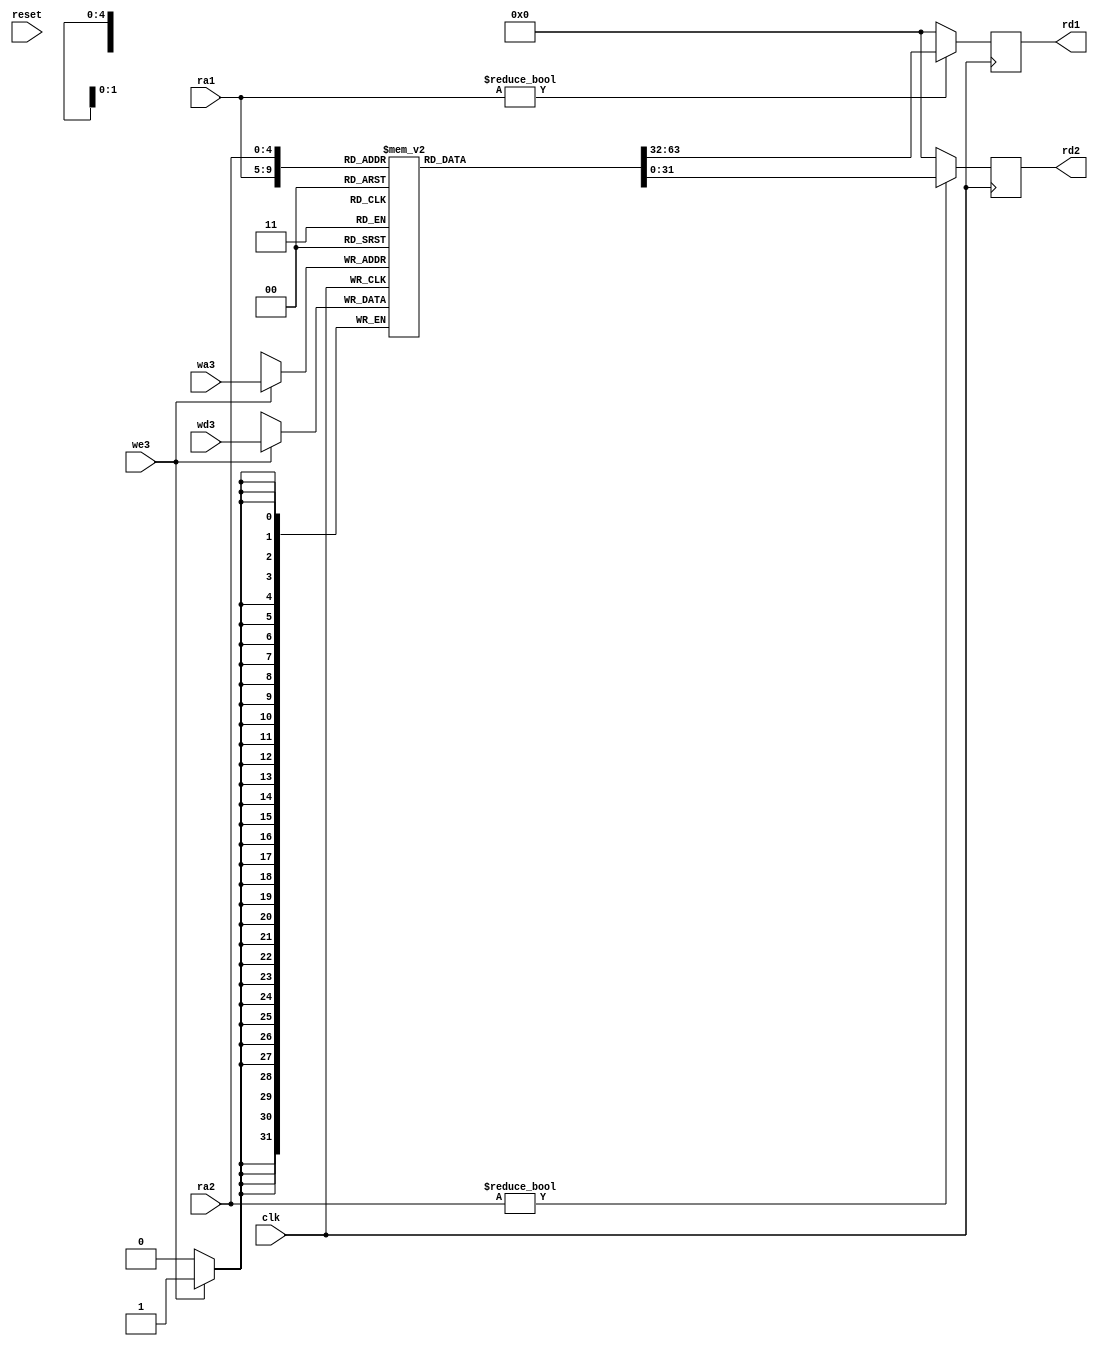
//////////////////////////////////////////////////////////////////
//                                                              //
//  Register file for Edge core.                                //
//                                                              //
//  This file is part of the Edge project                       //
//  http://www.opencores.org/project,edge                       //
//                                                              //
//  Description                                                 //
//  General purpose 32 x 32 bit register file                   //
//                                                              //
//  Author(s):                                                  //
//      - Hesham AL-Matary, heshamelmatary@gmail.com            //
//                                                              //
//////////////////////////////////////////////////////////////////
//                                                              //
// Copyright (C) 2014 Authors and OPENCORES.ORG                 //
//                                                              //
// This source file may be used and distributed without         //
// restriction provided that this copyright statement is not    //
// removed from the file and that any derivative work contains  //
// the original copyright notice and the associated disclaimer. //
//                                                              //
// This source file is free software; you can redistribute it   //
// and/or modify it under the terms of the GNU Lesser General   //
// Public License as published by the Free Software Foundation; //
// either version 2.1 of the License, or (at your option) any   //
// later version.                                               //
//                                                              //
// This source is distributed in the hope that it will be       //
// useful, but WITHOUT ANY WARRANTY; without even the implied   //
// warranty of MERCHANTABILITY or FITNESS FOR A PARTICULAR      //
// PURPOSE.  See the GNU Lesser General Public License for more //
// details.                                                     //
//                                                              //
// You should have received a copy of the GNU Lesser General    //
// Public License along with this source; if not, download it   //
// from http://www.opencores.org/lgpl.shtml                     //
//                                                              //
//////////////////////////////////////////////////////////////////

module regfile
(
  clk,
  reset,
  ra1,
  ra2,
  wa3,
  we3,
  wd3,
  rd1,
  rd2
);
/* Bus size in bits for data */
parameter N = 32;
/* Bus size in bits for Addresses, the register file size should be 2**addr_size */
parameter addr_size = 5;

/* Specify IO sizes */
input wire clk;
input wire reset;
input wire[addr_size-1:0] ra1;
input wire[addr_size-1:0]ra2;
input wire[addr_size-1:0]wa3;
input wire we3;
input wire[N-1:0] wd3;
output reg[N-1:0] rd1;
output reg[N-1:0] rd2;
integer i;

/* Define register file*/
reg[N-1:0] rf [(2**addr_size)-1:0];

initial
begin
  for(i=0; i<32; i=i+1)
    rf[i] = 0;
end

always @(posedge clk)
  if (we3)
    rf[wa3] = wd3;
    
always @(negedge clk)
begin
  rd1 = (ra1 != 0)? rf[ra1]:0;
  rd2 = (ra2 != 0)? rf[ra2]:0;
end

endmodule